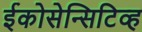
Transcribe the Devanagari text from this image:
ईकोसेन्सिटिव्ह